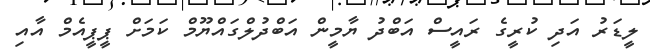
ލީޑަރު އަދި ކުރީގެ ރައީސް އަބްދު ޔާމީން އަބްދުލްގައްޔޫމް ކަމަށް ޕީޕީއެމް އާއި